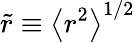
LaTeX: \tilde{r}\equiv\left\langle{r^{2}}\right\rangle^{1/2}